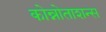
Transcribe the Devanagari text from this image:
कोन्नोताशन्स